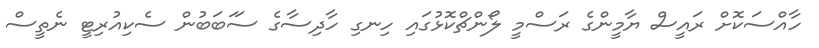
ހާއްސަކޮށް ރައީސް ޔާމީންގެ ރަސްމީ ލޯންޗްކޮޅުގައި ހިނގި ހާދިސާގެ ސަަބަބުން ސެކިއުރިޓީ ނެތީސް